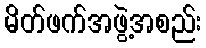
မိတ်ဖက်အဖွဲ့အစည်း